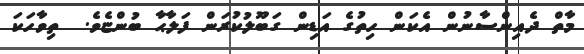
މާތް ދެއިންސާނުން އެކަން ހިތުގެ އަޑިން ގަބޫލުކުރަން ފަލާޙާ ބުންޏެވެ.  ތިވާހަކަ